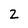
Character: 2